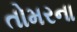
તોમરના